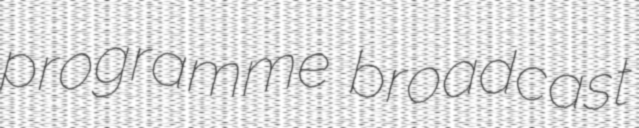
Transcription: programme broadcast